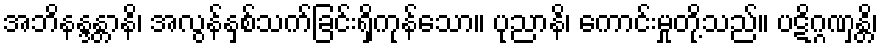
အဘိနန္ဒန္တာနိ၊ အလွန်နှစ်သက်ခြင်းရှိကုန်သော။ ပုညာနိ၊ ကောင်းမှုတို့သည်။ ပဋိဂ္ဂဏှန္တိ၊